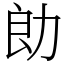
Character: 勆